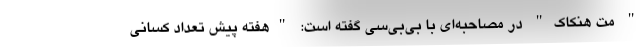
" مت هنکاک" در مصاحبه‌ای با بی‌بی‌سی گفته است: "هفته پیش تعداد کسانی